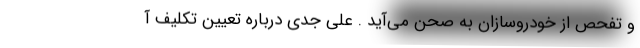
و تفحص از خودروسازان به صحن می‌آید . علی جدی درباره تعیین تکلیف آ